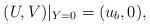
LaTeX: \begin{align*}(U, V)|_{Y=0}=(u_b,0),\end{align*}